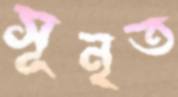
সূনৃত